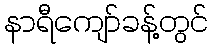
နာရီကျော်ခန့်တွင်